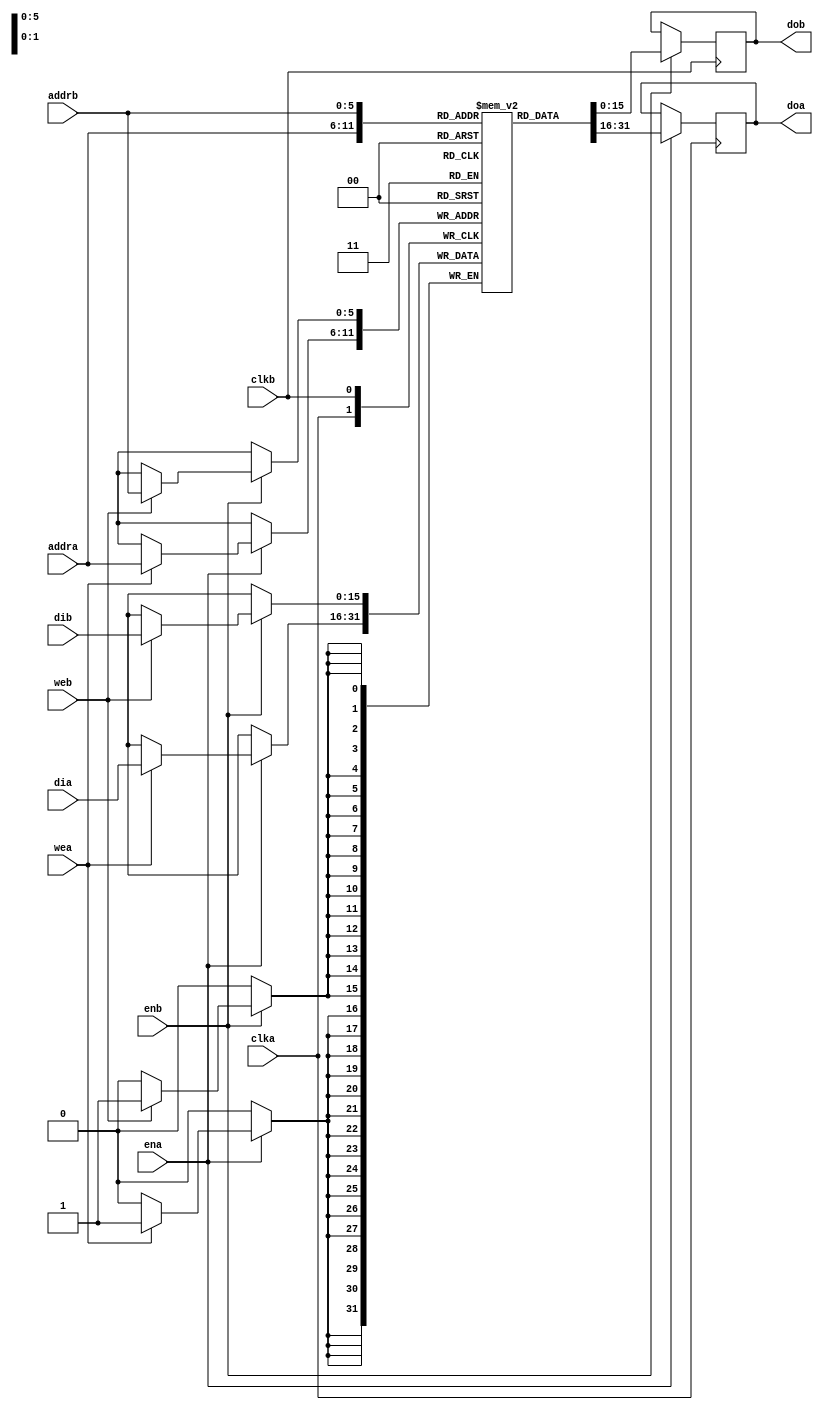
//
// Dual-Port Block RAM with Two Write Ports
//

module DualPortRamTwoWritePorts(clka,clkb,ena,enb,wea,web,addra,addrb,dia,dib,doa,dob);



parameter blockLength =32;
parameter memDepth = 1024;
parameter addressBitWidth = 10;

    input  clka,clkb,ena,enb,wea,web;
    input  [5:0]  addra,addrb;
    input  [15:0] dia,dib;
    output [15:0] doa,dob;
    reg    [15:0] ram [63:0];
    reg    [15:0] doa,dob;

     
    always @(posedge clka) begin
        if (ena)    
        begin
            if (wea)
                ram[addra] <= dia;
            doa <= ram[addra];
        end
    end

    always @(posedge clkb) begin
        if (enb)
        begin
            if (web)
                ram[addrb] <= dib;
            dob <= ram[addrb];
        end
    end

endmodule